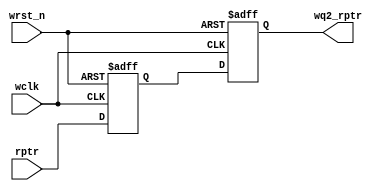
`timescale 1ns / 1ps
//////////////////////////////////////////////////////////////////////////////////
// Company: 
// Engineer: 
// 
// Design Name: 
// Module Name: sync_r2w
// Project Name: 
// Target Devices: 
// Tool Versions: 
// Description: 
// 
// Dependencies: 
// 
// Revision:
// Revision 0.01 - File Created
// Additional Comments:
// 
//////////////////////////////////////////////////////////////////////////////////


module sync_r2w #(parameter ADDRSIZE = 4)
(output reg [ADDRSIZE:0] wq2_rptr,
input      [ADDRSIZE:0] rptr,
input                   wclk, wrst_n);

reg [ADDRSIZE:0] wq1_rptr;

always @(posedge wclk or negedge wrst_n)
if (!wrst_n) {wq2_rptr,wq1_rptr} <= 0;
else         {wq2_rptr,wq1_rptr} <= {wq1_rptr,rptr};
endmodule